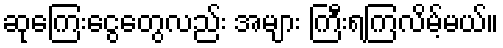
ဆုကြေးငွေတွေလည်း အများ ကြီးရကြလိမ့်မယ်။